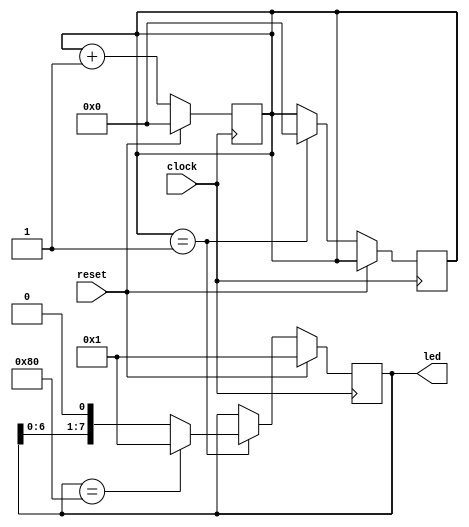
`timescale 1ns / 1ps
//////////////////////////////////////////////////////////////////////////////////
// Company: Shanghai Jiao Tong University
// 
// Design Name: 
// Module Name: flowing_light
// Project Name: 
// Target Devices: 
// Tool Versions: 
// Description: 
// 
// Dependencies: 
// 
// Revision:
// Revision 0.01 - File Created
// Additional Comments:
// 
//////////////////////////////////////////////////////////////////////////////////


module flowing_light(
    input clock,
    input reset,
    output [7:0] led
    );
    
    reg [23:0] cnt_reg;
    reg [7:0] light_reg;
    always @ (posedge clock)
        begin
            if(reset)
                cnt_reg<=0;
            else
                cnt_reg<=cnt_reg+1;
        end
    always @ (posedge clock)
            begin
                if(reset)
                    light_reg<=8'h01;
                else if(cnt_reg==24'h000001)
                    begin
                        if(light_reg==8'h80)
                            begin
                            light_reg<=8'h01;
                            cnt_reg<=0;
                            end
                        else
                            begin
                            light_reg<=light_reg<<1;
                            cnt_reg<=0;
                            end
                    end
                /* This is the original version code, modify beyond is aimed to decrease the change interval
                else if(cnt_reg==24'hffffff)
                    begin
                        if(light_reg==8'h80)
                            light_reg<=8'h01;
                        else
                            light_reg<=light_reg<<1;
                    end*/
            end
    assign led=light_reg;
endmodule